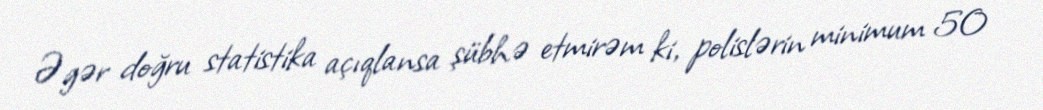
Əgər doğru statistika açıqlansa şübhə etmirəm ki, polislərin minimum 50